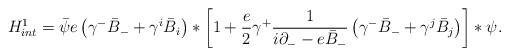
\begin{align*}{H}_{int}^{1} = \bar{\psi} e \left(\gamma^{-} \bar{B}_{-} +\gamma^{i} \bar{B}_{i}\right) \ast \left[1 + \frac{e}{2} \gamma^{+} \frac{1}{i\partial_{-} - e \bar{B}_{-}} \left( \gamma^{-} \bar{B}_{-} + \gamma^{j}\bar{B}_{j}\right)\right]\ast \psi. \end{align*}